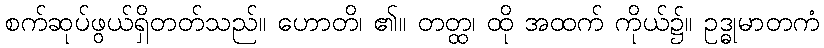
စက်ဆုပ်ဖွယ်ရှိတတ်သည်။ ဟောတိ၊ ၏။ တတ္ထ၊ ထို အထက် ကိုယ်၌။ ဥဒ္ဓုမာတကံ